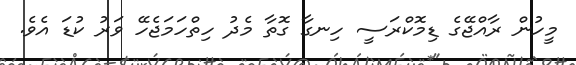
މީހުން ރާއްޖޭގެ ޑިމޮކްރަސީ ހިނގާ ގޮތާ މެދު ހިތްހަމަޖެހޭ ވަރު ކުޑަ އެވެ.